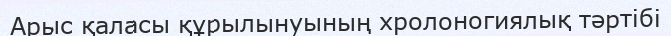
Арыс қаласы құрылынуының хролоногиялық тәртібі